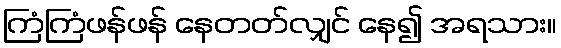
ကြံကြံဖန်ဖန် နေတတ်လျှင် နေ၍ အရသား။